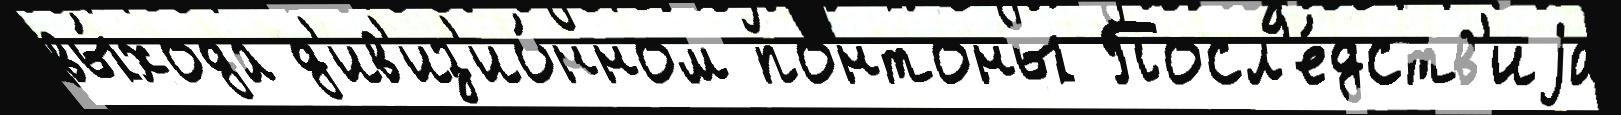
вы́хода д'ив'из'ио́нном понтоны Посл'е́дств'иjа